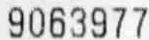
9063977